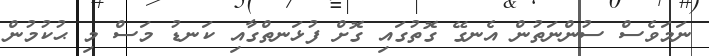
ނަމަވެސް ސުންނަތުން އެނގޭ ގޮތުގައި ގޮށް ފުޅަނތްގާއި ކަނޑު މަސް މި ޙުކުމުން